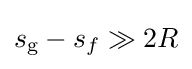
s_{\text{g}}-s_{f}\gg 2R